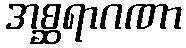
အစ္ဆရာဂဏာ